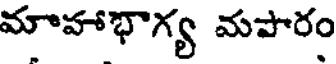
మాహాభాగ్య మపారం